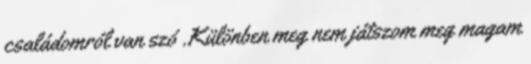
családomról van szó .Különben meg nem játszom meg magam